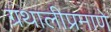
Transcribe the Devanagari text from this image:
ग्रंथालीप्रमाणे